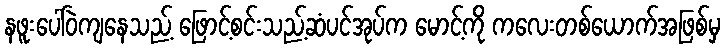
နဖူးပေါ်ဝဲကျနေသည့် ဖြောင့်စင်းသည့်ဆံပင်အုပ်က မောင့်ကို ကလေးတစ်ယောက်အဖြစ်မှ